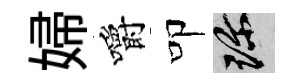
婦嚼叩珍